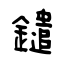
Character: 鑓